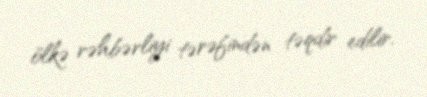
ölkə rəhbərliyi tərəfindən təqdir edilir.